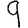
Digit: 9